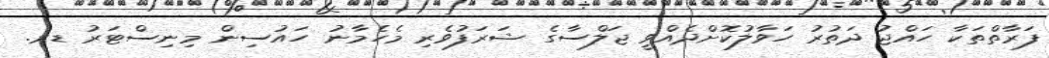
ފަރާތްތަކާ ހައްޖު ދަތުރު ހަވާލުކޮށްދެއްވީ ޖަލްސާގެ ޝަރަފުވެރި މެހެމާނު ހައުސިން މިނިސްޓަރު ޑރ.